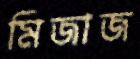
মিজাজ